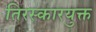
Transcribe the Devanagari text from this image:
तिरस्कारयुक्त